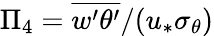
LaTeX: \Pi_{4}=\overline{{w^{\prime}\theta^{\prime}}}/(u_{*}\sigma_{\theta})